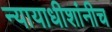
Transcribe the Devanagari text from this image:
न्यायाधीशांनीच